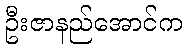
ဦးဇာနည်အောင်က